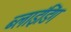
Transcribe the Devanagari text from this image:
ब्‍लाइंडिंग